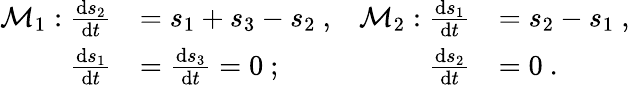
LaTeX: \begin{array}{rlrl}{\mathcal{M}_{1}:\frac{\mathrm{d}s_{2}}{\mathrm{d}t}}&{=s_{1}+s_{3}-s_{2}\ ,}&{\mathcal{M}_{2}:\frac{\mathrm{d}s_{1}}{\mathrm{d}t}}&{=s_{2}-s_{1}\ ,}\\ {\frac{\mathrm{d}s_{1}}{\mathrm{d}t}}&{=\frac{\mathrm{d}s_{3}}{\mathrm{d}t}=0\ ;}&{\frac{\mathrm{d}s_{2}}{\mathrm{d}t}}&{=0\ .}\end{array}